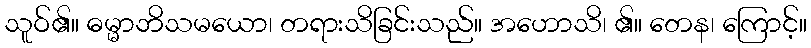
သူဝ်၏။ ဓမ္မာဘိသမယော၊ တရားသိခြင်းသည်။ အဟောသိ၊ ၏။ တေန၊ ကြောင့်။